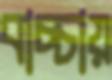
বাচ্চায়